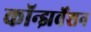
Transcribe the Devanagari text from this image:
कॉन्झर्वेशन